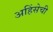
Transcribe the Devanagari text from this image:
अहिंसेची